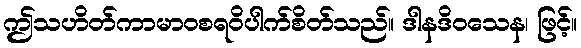
ဤသဟိတ်ကာမာဝစရဝိပါက်စိတ်သည်။ ဒါနဒိဝသေန၊ ဖြင့်။